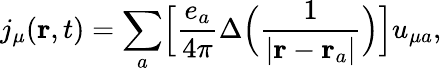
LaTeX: j_{\mu}({\mathbf r},t)=\sum_{a}\Bigl[\frac{e_{a}}{4\pi}\Delta\Bigl(\frac{1}{\vert{\mathbf r}-{\mathbf r}_{a}\vert}\Bigr)\Bigr]u_{\mu a},